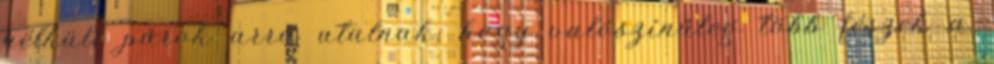
nélküli párok arra utalnak, hogy valószínűleg több fészek a